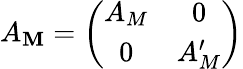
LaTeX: A_{\mathbf{M}}=\left(\begin{array}{cc}{{A_{M}}}&{{0}}\\ {{0}}&{{A_{M}^{\prime}}}\end{array}\right)